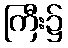
ကြီး၌